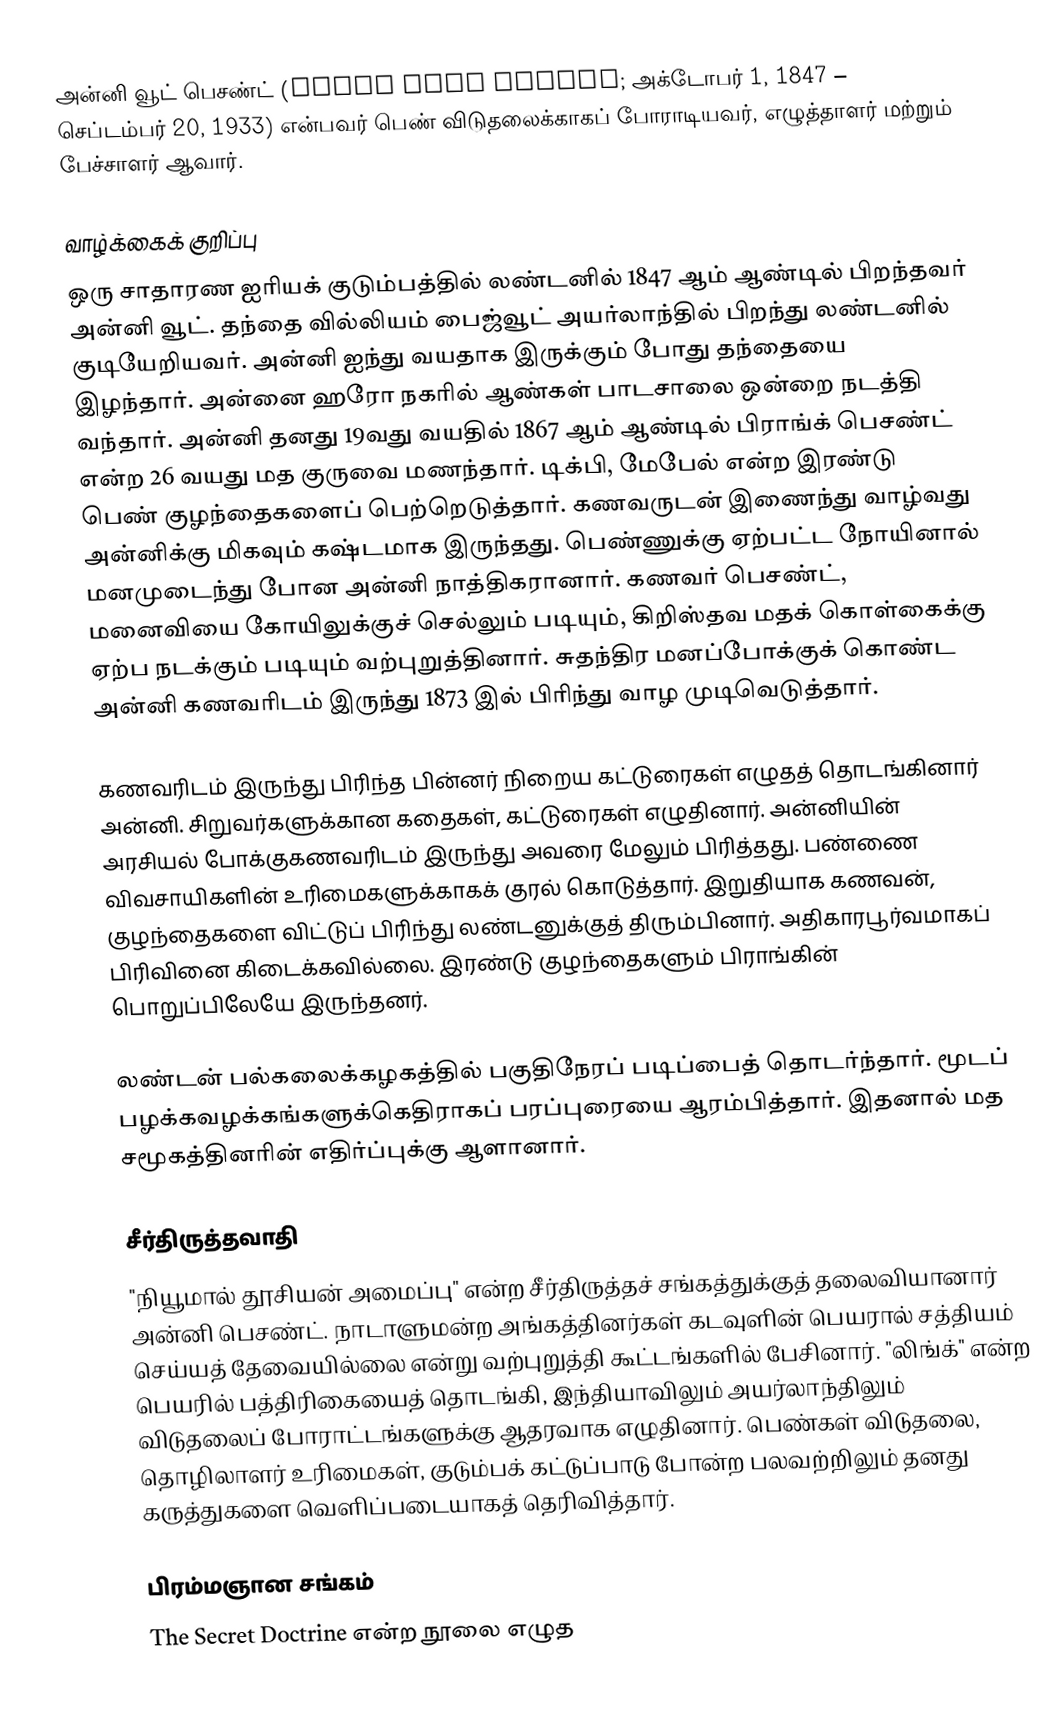
அன்னி வூட் பெசண்ட் (Annie Wood Besant; அக்டோபர் 1, 1847 – செப்டம்பர் 20, 1933) என்பவர் பெண் விடுதலைக்காகப் போராடியவர், எழுத்தாளர் மற்றும் பேச்சாளர் ஆவார்.

வாழ்க்கைக் குறிப்பு
ஒரு சாதாரண ஐரியக் குடும்பத்தில் லண்டனில் 1847 ஆம் ஆண்டில் பிறந்தவர் அன்னி வூட். தந்தை வில்லியம் பைஜ்வூட் அயர்லாந்தில் பிறந்து லண்டனில் குடியேறியவர். அன்னி ஐந்து வயதாக இருக்கும் போது தந்தையை இழந்தார். அன்னை ஹரோ நகரில் ஆண்கள் பாடசாலை ஒன்றை நடத்தி வந்தார். அன்னி தனது 19வது வயதில் 1867 ஆம் ஆண்டில் பிராங்க் பெசண்ட் என்ற 26 வயது மத குருவை மணந்தார். டிக்பி, மேபேல் என்ற இரண்டு பெண் குழந்தைகளைப் பெற்றெடுத்தார். கணவருடன் இணைந்து வாழ்வது அன்னிக்கு மிகவும் கஷ்டமாக இருந்தது. பெண்ணுக்கு ஏற்பட்ட நோயினால் மனமுடைந்து போன அன்னி நாத்திகரானார். கணவர் பெசண்ட், மனைவியை கோயிலுக்குச் செல்லும் படியும், கிறிஸ்தவ மதக் கொள்கைக்கு ஏற்ப நடக்கும் படியும் வற்புறுத்தினார். சுதந்திர மனப்போக்குக் கொண்ட அன்னி கணவரிடம் இருந்து 1873 இல் பிரிந்து வாழ முடிவெடுத்தார்.

கணவரிடம் இருந்து பிரிந்த பின்னர் நிறைய கட்டுரைகள் எழுதத் தொடங்கினார் அன்னி. சிறுவர்களுக்கான கதைகள், கட்டுரைகள் எழுதினார். அன்னியின் அரசியல் போக்குகணவரிடம் இருந்து அவரை மேலும் பிரித்தது. பண்ணை விவசாயிகளின் உரிமைகளுக்காகக் குரல் கொடுத்தார். இறுதியாக கணவன், குழந்தைகளை விட்டுப் பிரிந்து லண்டனுக்குத் திரும்பினார். அதிகாரபூர்வமாகப் பிரிவினை கிடைக்கவில்லை. இரண்டு குழந்தைகளும் பிராங்கின் பொறுப்பிலேயே இருந்தனர்.

லண்டன் பல்கலைக்கழகத்தில் பகுதிநேரப் படிப்பைத் தொடர்ந்தார். மூடப் பழக்கவழக்கங்களுக்கெதிராகப் பரப்புரையை ஆரம்பித்தார். இதனால் மத சமூகத்தினரின் எதிர்ப்புக்கு ஆளானார்.

சீர்திருத்தவாதி
"நியூமால் தூசியன் அமைப்பு" என்ற சீர்திருத்தச் சங்கத்துக்குத் தலைவியானார் அன்னி பெசண்ட். நாடாளுமன்ற அங்கத்தினர்கள் கடவுளின் பெயரால் சத்தியம் செய்யத் தேவையில்லை என்று வற்புறுத்தி கூட்டங்களில் பேசினார். "லிங்க்" என்ற பெயரில் பத்திரிகையைத் தொடங்கி, இந்தியாவிலும் அயர்லாந்திலும் விடுதலைப் போராட்டங்களுக்கு ஆதரவாக எழுதினார். பெண்கள் விடுதலை, தொழிலாளர் உரிமைகள், குடும்பக் கட்டுப்பாடு போன்ற பலவற்றிலும் தனது கருத்துகளை வெளிப்படையாகத் தெரிவித்தார்.

பிரம்மஞான சங்கம்
The Secret Doctrine என்ற நூலை எழுத